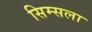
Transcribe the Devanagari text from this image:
सिम्सला